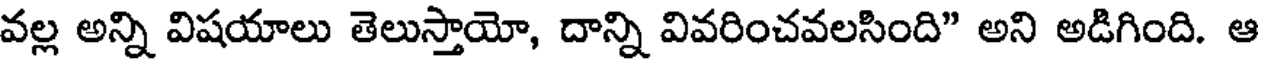
వల్ల అన్ని విషయాలు తెలుస్తాయో, దాన్ని వివరించవలసింది" అని అడిగింది. ఆ